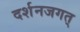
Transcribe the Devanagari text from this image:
दर्शनजगत्